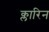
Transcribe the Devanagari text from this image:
क्लारिन